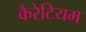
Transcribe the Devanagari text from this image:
कैरेटियम